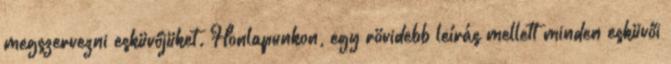
megszervezni esküvőjüket. Honlapunkon, egy rövidebb leírás mellett minden esküvői